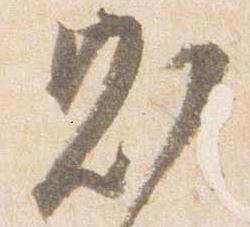
則